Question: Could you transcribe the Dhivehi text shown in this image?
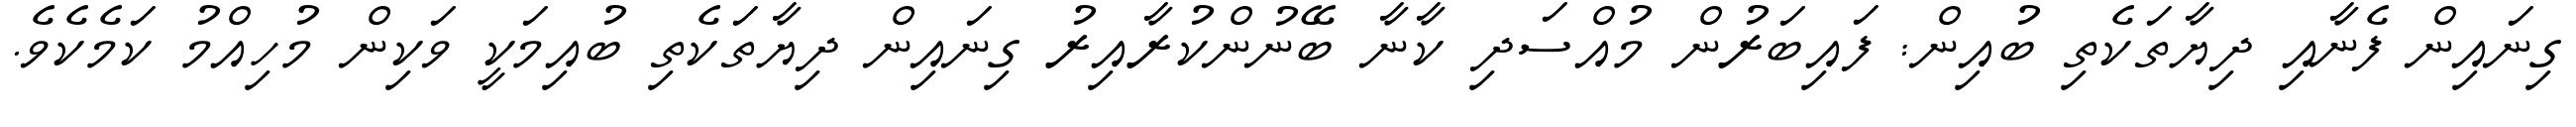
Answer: ގިނައިން ފެނާއި ދިޔާތަކެތި ބުއިން: ފައިބަރުން މުއްސަދި ކާނާ ބޭނުންކުރާއިރު ގިނައިން ދިޔާތަކެތި ބުއިމަކީ ވަކިން މުހިއްމު ކަމެކެވެ.